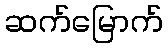
ဆက်မြောက်